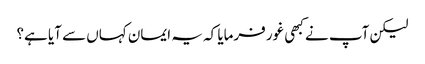
لیکن آپ نے کبھی غور فرمایا کہ یہ ایمان کہاں سے آیا ہے؟